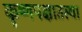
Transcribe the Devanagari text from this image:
कृ्ष्णपक्षातल्या